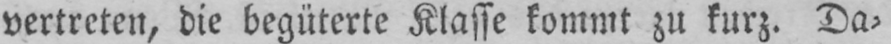
vertreten, die begüterte Klasse kommt zu kurz. Da⸗